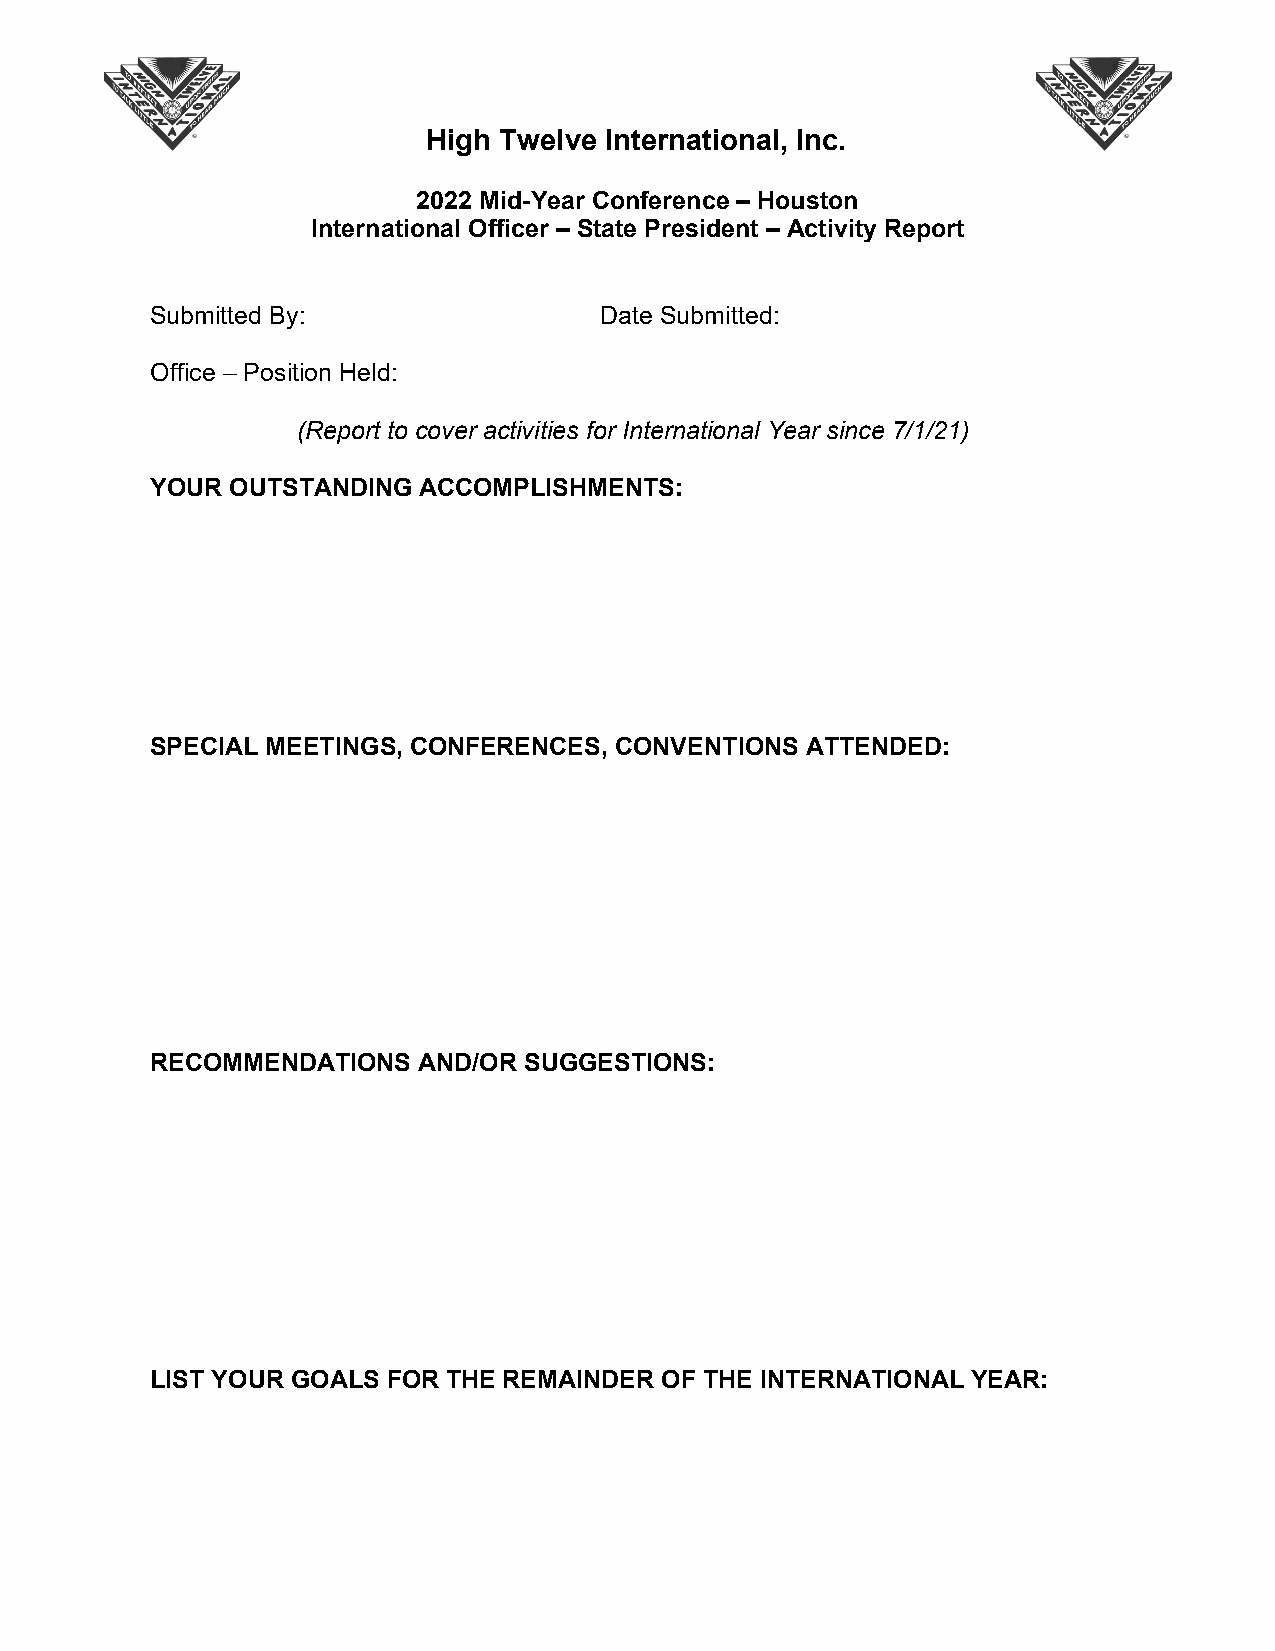
High Twelve International, Inc.
 2022 Mid-Year Conference – Houston
 International Officer – State President – Activity Report
 Submitted By:                 Date Submitted:
 Office – Position Held:
 (Report to cover activities for International Year since 7/1/21)
 YOUR OUTSTANDING  ACCOMPLISHMENTS:
 SPECIAL MEETINGS, CONFERENCES, CONVENTIONS ATTENDED:
 RECOMMENDATIONS   AND/OR SUGGESTIONS:
 LIST YOUR GOALS FOR THE REMAINDER OF THE INTERNATIONAL YEAR: